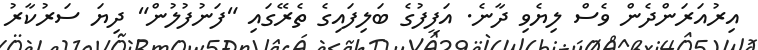
އިރުއަރަންދެން ވެސް ލިޔެވި ދާނެ. އަފީފުގެ ބަލިފައިގެ ތެރޭގައި "ފަނުފުލުން" ދިޔަ ސަރުކާރު